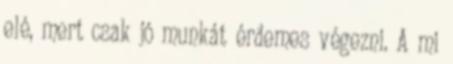
elé, mert csak jó munkát érdemes végezni. A mi